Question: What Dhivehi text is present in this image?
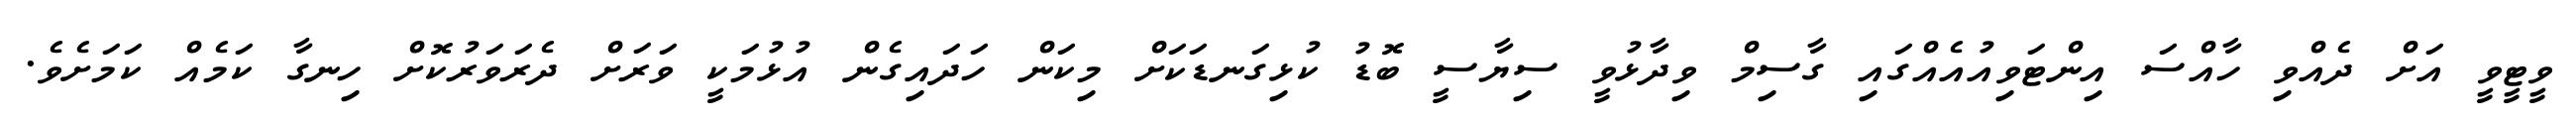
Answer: ވީޓީވީ އަށް ދެއްވި ހާއްސަ އިންޓަވިއުއެއްގައި ގާސިމް ވިދާޅުވީ ސިޔާސީ ބޮޑު ކުޅިގަނޑަކަށް މިކަން ހަދައިގެން އުޅުމަކީ ވަރަށް ދެރަވަރުކޮށް ހިނގާ ކަމެއް ކަމަށެވެ.